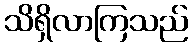
သိရှိလာကြသည်